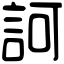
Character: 訶